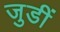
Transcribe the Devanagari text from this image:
जुडीं